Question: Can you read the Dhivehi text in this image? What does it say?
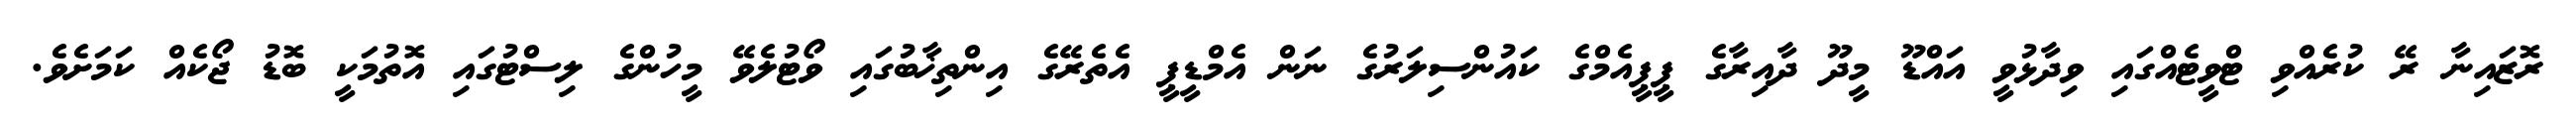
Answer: ރޮޒައިނާ ރޭ ކުރެއްވި ޓްވީޓެއްގައި ވިދާޅުވީ އައްޑޫ މީދޫ ދާއިރާގެ ޕީޕީއެމްގެ ކައުންސިލަރުގެ ނަން އެމްޑީޕީ އެތެރޭގެ އިންތިޚާބުގައި ވޯޓުލެވޭ މީހުންގެ ލިސްޓުގައި އޮތުމަކީ ބޮޑު ޖޯކެއް ކަމަށެވެ.